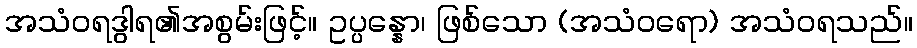
အသံဝရဒွါရ၏အစွမ်းဖြင့်။ ဥပ္ပန္နော၊ ဖြစ်သော (အသံဝရော) အသံဝရသည်။